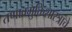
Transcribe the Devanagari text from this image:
तणावमुक्तिशास्त्राचे